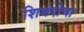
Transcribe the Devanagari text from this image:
शिबंदीचा